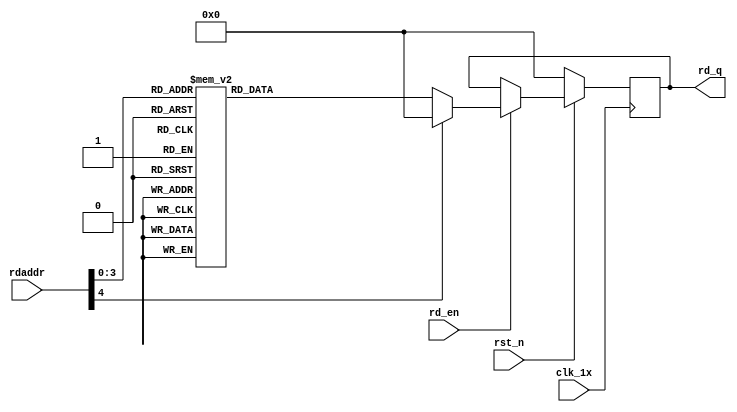

`timescale 1ns / 1ps
module F_normal_t8_next_Rom1(
input	          							clk_1x,
input	          							rst_n,
//////////////////////////////////////////////////////////////
input										rd_en,
input				[4:0]				rdaddr,
output		reg			[127:0]				rd_q
);

always @(posedge clk_1x)begin
	if(~rst_n)begin
		rd_q <= 128'b0;
	end
	else if(rd_en == 1'b1)begin
		case(rdaddr)
			5'h0f: rd_q <= 128'b01101010001100110100111110010000010101110101101100011111110011000101111011110100111100100100011101111101010100100111000000011100;
			5'h0e: rd_q <= 128'b01111011001100001111001000110000110111010100010001010001001001011100101100100110111010110100100001111101000001001101011101101001;
			5'h0d: rd_q <= 128'b11000010011111111101100011111010110000000000101110110011101111000011010100111010101100110111010110011111110100100111111100101011;
			5'h0c: rd_q <= 128'b00100000111010000011010101000100000011011011011110010100110111100101110010100000100101010001001011011101110101111110001000110101;
			5'h0b: rd_q <= 128'b11010011010011011000111011010010101011101001001101010101100011111001011100100001110110001111011010000010010110010101100100011011;
			5'h0a: rd_q <= 128'b00001111011011000111001100111110000110111010001001000100001011010101011111000101110010111100101100111111001101111100110100011010;
			5'h09: rd_q <= 128'b01001011101111101010010001000001110111110110101001001110100110101010001001001101010010111110010000000011110100000011111001011011;
			5'h08: rd_q <= 128'b01100101110001111100111110000100110111111000100010100010111110100001110000000100010101010001111101010000111001000011010001100001;
			5'h07: rd_q <= 128'b00011011010000011101100100010101110100000101010000100011001011101101110011011010111010110000110111011101111100010011000111110011;
			5'h06: rd_q <= 128'b01011101110010001111111011000011101010101100000101110000100010000000110011011110001001011101010011101000001110010110001101100011;
			5'h05: rd_q <= 128'b10010011011001000011101100100000110001111101101100011101101100000000000001011010111110010000010100010100111111001101011100001110;
			5'h04: rd_q <= 128'b11101001010110001001101110100100001010001111100001100001100110000000111001010101101100011010101011100010100011001101111001100011;
			5'h03: rd_q <= 128'b10010011110100001010101101000101101000000101100100100100101000010001000001011000011100101001000101101010111101100110001010110011;
			5'h02: rd_q <= 128'b00110111011100110010000000100001101011011110101001100010010000111101110111100110010101010000101000001001110111000001010000101100;
			5'h01: rd_q <= 128'b01010100111110001100011001110011010100101100010110101000010011010111110001100010101111000101110101010001100011011111110100000100;
			5'h00: rd_q <= 128'b10111000101000100001110010001111100011111100101001010100000000000110101110001110001110110101000110101101011100100011101011011000;
		default:rd_q <= 128'b0;
		endcase
	end
end

endmodule